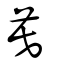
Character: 莫